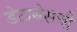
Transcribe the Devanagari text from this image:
डेटाबेसची